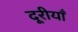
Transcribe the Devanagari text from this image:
दूरीयाँ